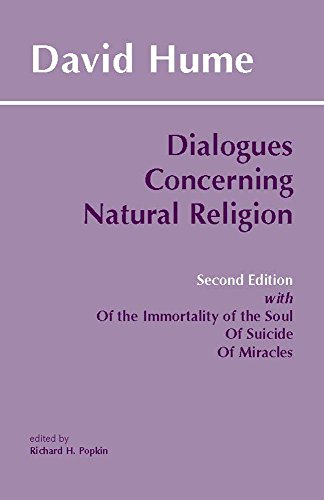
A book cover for Dialogues Concerning Natural Religion (Hackett Classics); David Hume; Self-Help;